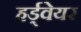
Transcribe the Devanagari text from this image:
हर्ड्वेयर